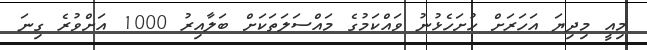
މިއީ މިދިޔަ އަހަރަށް ހުށަހެޅުނު ވައްކަމުގެ މައްސަލަތަކަށް ބަލާއިރު 1000 އަށްވުރެ ގިނަ